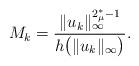
LaTeX: \begin{align*}M_k=\frac{\|u_k\|_{\infty}^{2_{\mu}^*-1}}{h\big(\|u_k\|_{\infty}\big)}.\end{align*}